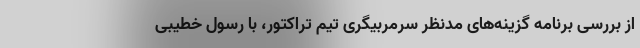
از بررسی برنامه گزینه‌های مدنظر سرمربیگری تیم تراکتور، با رسول خطیبی